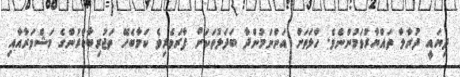
ދިޔައީ ދުރާލާ ތައްޔާރުވަމުންނެވެ. ހާލަތަށް އަންނަމުންދާ ބަދަލުތަކަށް ފާރަވެރިވެ ކަމާބެހޭ ތަޖުރިބާކާރުންގެ މަޝްވަރާއާއި